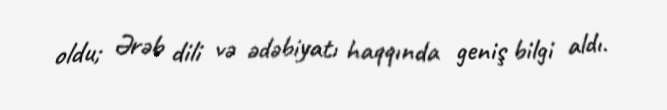
oldu; Ərəb dili və ədəbiyatı haqqında geniş bilgi aldı.